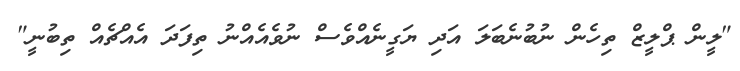
"ލީން ޕްލީޒް ތިހެން ނުބުނެބަލަ އަދި ޔަގީނެއްވެސް ނުވެއެއްނު ތިފަދަ އެއްޗެއް ތިބުނީ"